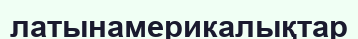
латынамерикалықтар